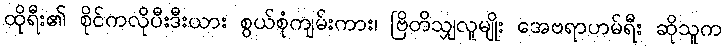
ထိုရီး၏ စိုင်ကလိုပီးဒီးယား စွယ်စုံကျမ်းကား၊ ဗြိတိသျှလူမျိုး အေဗရာဟမ်ရီး ဆိုသူက